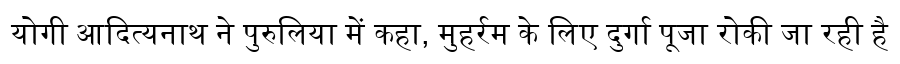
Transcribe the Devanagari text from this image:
योगी आदित्यनाथ ने पुरुलिया में कहा, मुहर्रम के लिए दुर्गा पूजा रोकी जा रही है